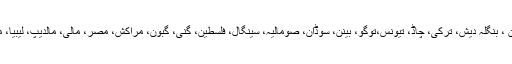
اس اسلامی اتحاد میںسعودی عرب کے علاوہ کویت ،قطر ، متحدہ عرب امارات، بحرین،پاکستان ، بنگلہ دیش، ترکی، چاڈ، تیونس،توگو، بینن، سوڈان، صومالیہ، سینگال، فلسطین، گنی، گبون، مراکش، مصر، مالی، مالدیپ، لیبیا، موریطانیہ، نائیجر، نائیجیریا، یمن، کویت، کمروز، جبوتی، لبنان، سیرالیون اور اردن شامل ہیں ۔